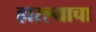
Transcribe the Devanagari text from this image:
हारल्याचा